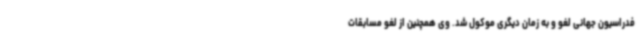
فدراسیون جهانی لغو و به زمان دیگری موکول شد. وی همچنین از لغو مسابقات